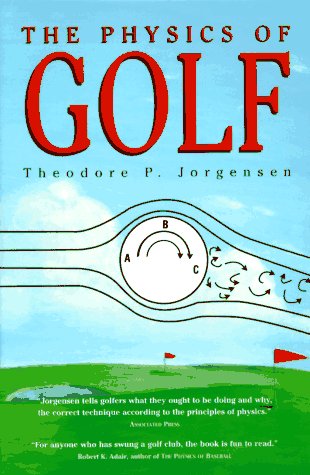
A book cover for The Physics of Golf; Theodore P. Jorgensen; Sports & Outdoors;